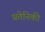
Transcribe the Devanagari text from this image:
प्रतेनिकी